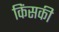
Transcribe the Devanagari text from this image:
किंसकी